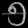
Digit: ၅